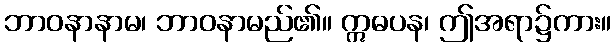
ဘာဝနာနာမ၊ ဘာဝနာမည်၏။ ဣဓပန၊ ဤအရာ၌ကား။